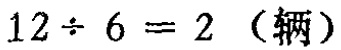
\(12\div 6 = 2 \text{（辆）}\)